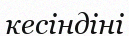
кесіндіні